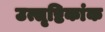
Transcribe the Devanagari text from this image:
उत्सृष्टिकांक